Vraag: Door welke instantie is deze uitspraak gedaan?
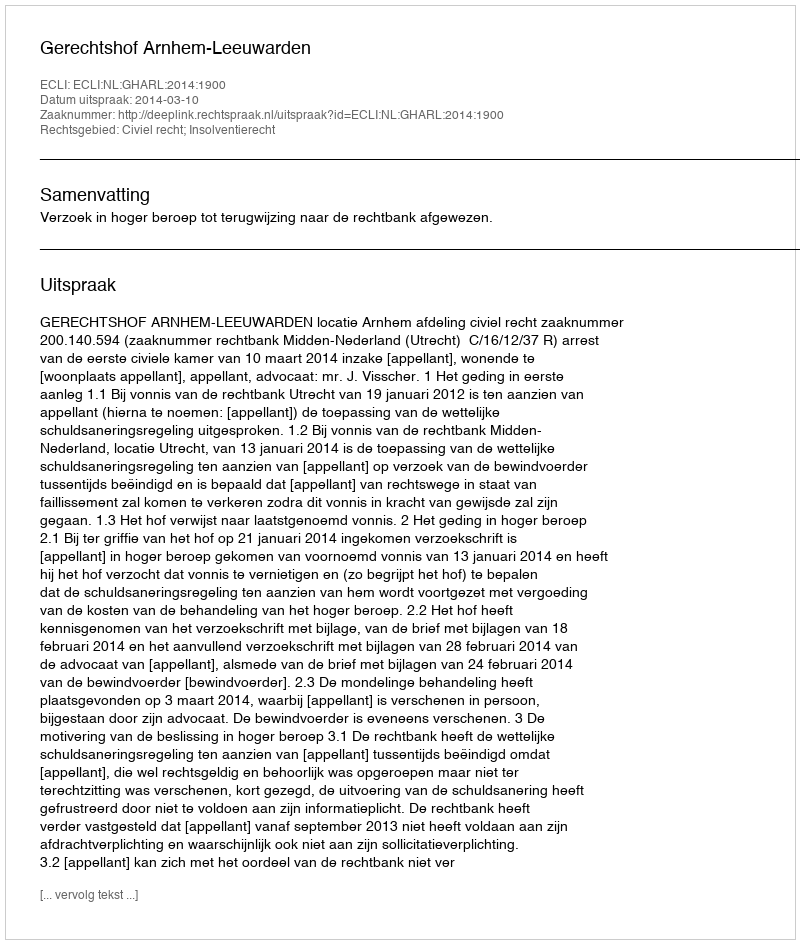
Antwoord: Gerechtshof Arnhem-Leeuwarden